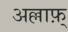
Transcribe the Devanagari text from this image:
अल्लाफ़्‌